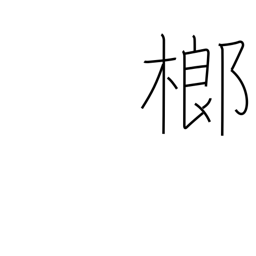
Meaning: betel palm tree